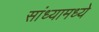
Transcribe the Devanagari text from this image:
सांध्यामध्ये